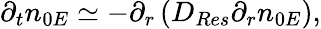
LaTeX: \begin{array}{r}{\partial_{t}n_{0E}\simeq-\partial_{r}\left(D_{Res}\partial_{r}n_{0E}\right),}\end{array}